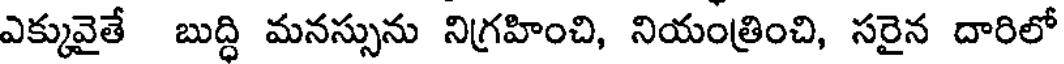
ఎక్కువైతే బుద్ధి మనస్సును నిగ్రహించి, నియంత్రించి, సరైన దారిలో